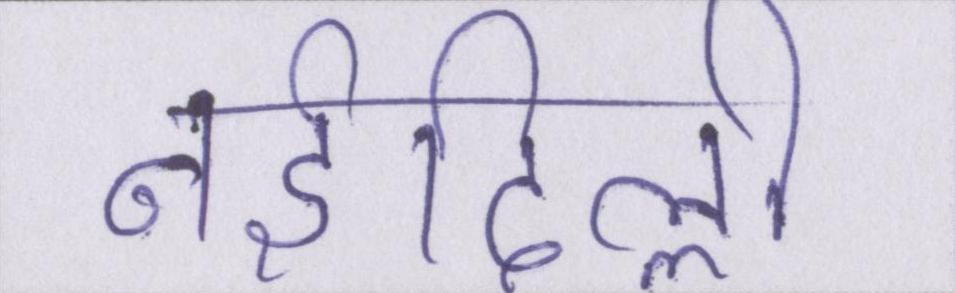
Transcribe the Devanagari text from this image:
नईदिल्ली